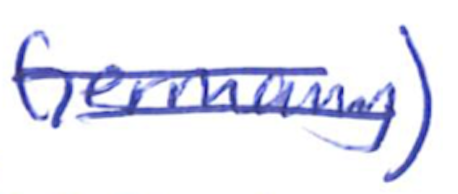
Text: Germany)
Cross-out: double-line
Writing tool: ballpoint